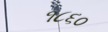
૧૮૬૦